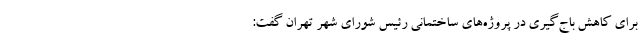
برای کاهش باج‌گیری در پروژه‌های ساختمانی رئیس شورای شهر تهران گفت: